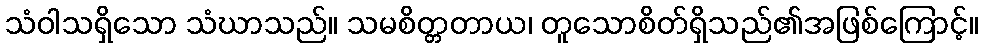
သံဝါသရှိသော သံဃာသည်။ သမစိတ္တတာယ၊ တူသောစိတ်ရှိသည်၏အဖြစ်ကြောင့်။